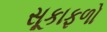
સૂકાફળો